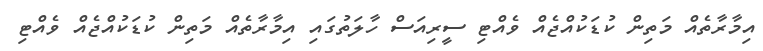
އިމާރާތެއް މަތިން ކުޑަކުއްޖެއް ވެއްޓި ސީރިއަސް ހާލަތުގައި އިމާރާތެއް މަތިން ކުޑަކުއްޖެއް ވެއްޓި